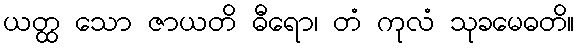
ယတ္ထ သော ဇာယတိ ဓီရော၊ တံ ကုလံ သုခမေဓတိ။